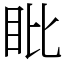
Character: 䀝